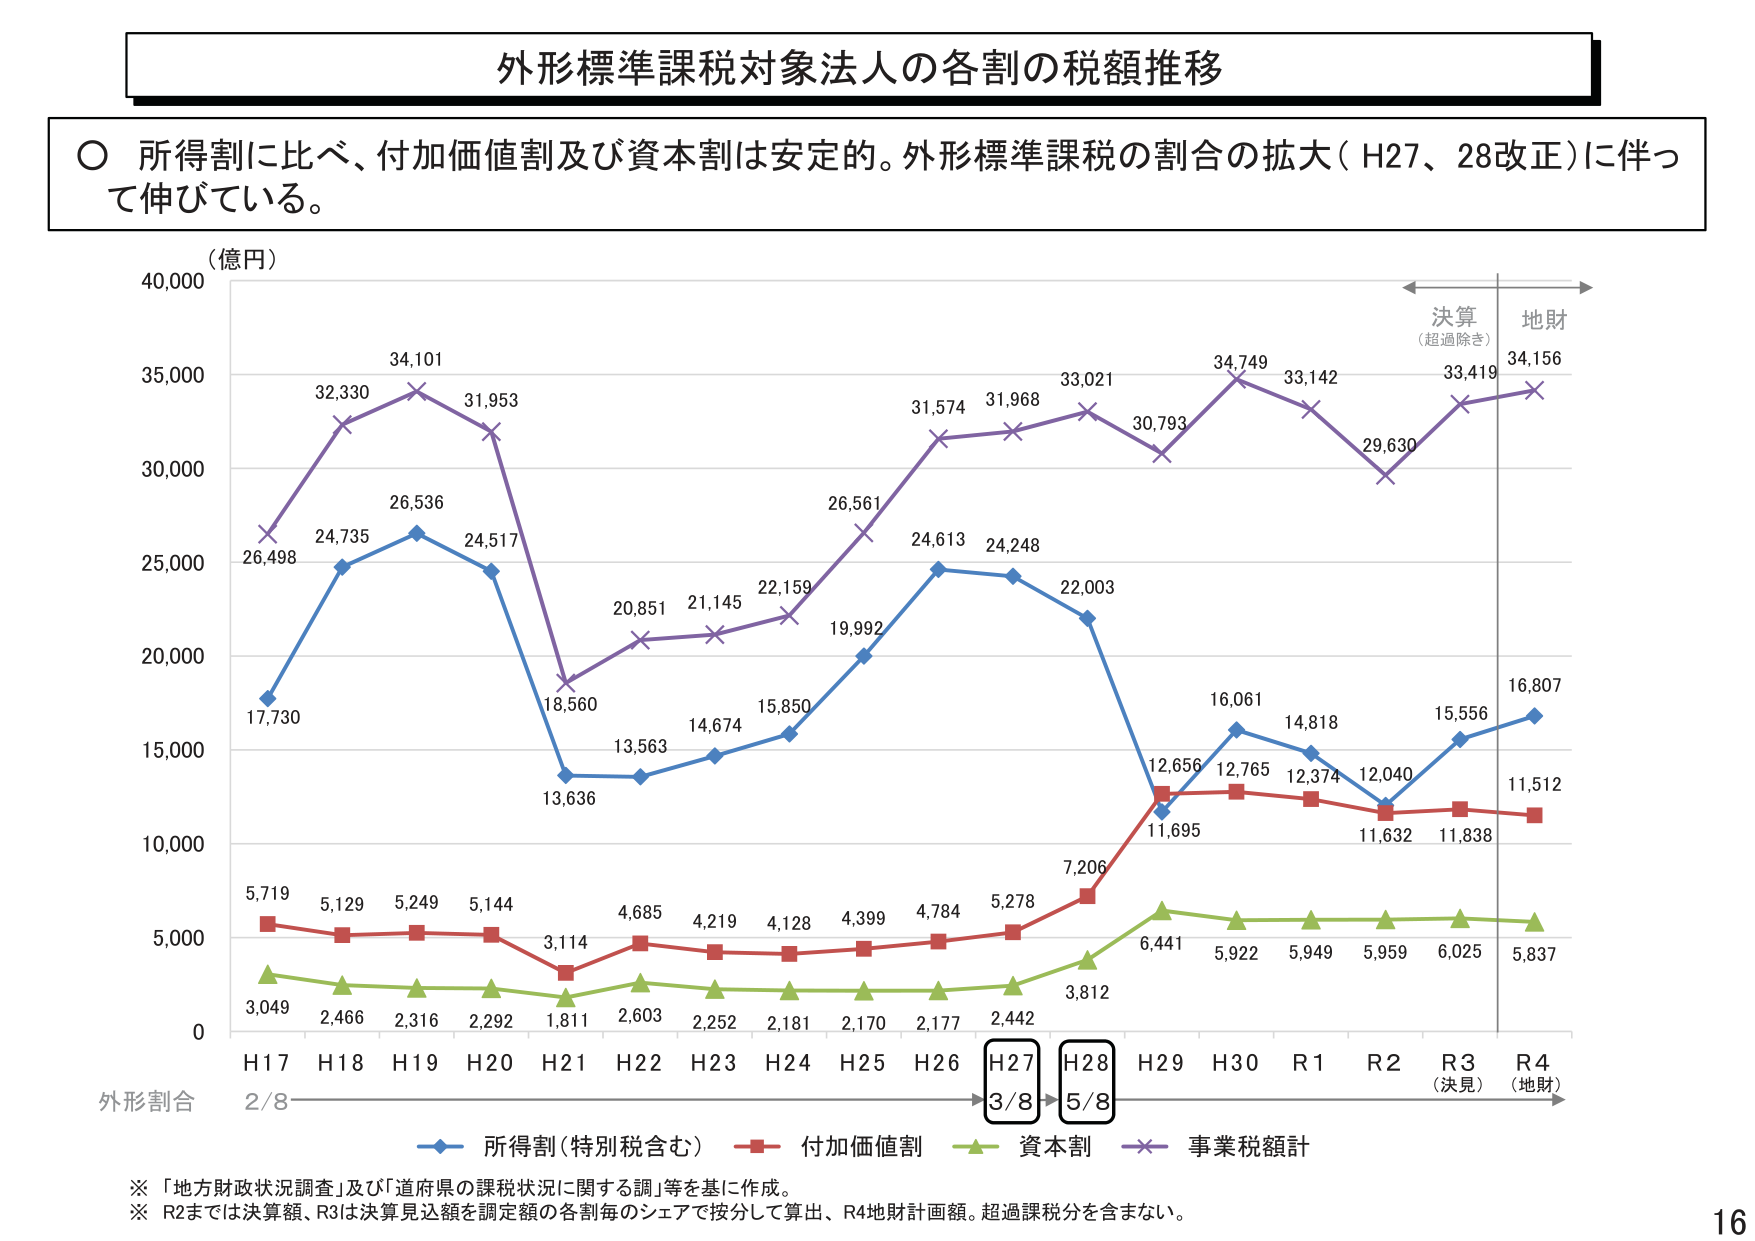
外形標準課税対象法人の各割の税額推移

○ 所得割に比べ、付加価値割及び資本割は安定的。外形標準課税の割合の拡大（H27、28改正）に伴って伸びている。

（億円）
40,000
35,000
30,000
25,000
20,000
15,000
10,000
5,000
0

H17 H18 H19 H20 H21 H22 H23 H24 H25 H26 H27 H28 H29 H30 R1 R2 R3 R4
外形割合 2/8 → 3/8 → 5/8

決算（超過除き） 地財
33,419 34,156

26,498 32,330 34,101 31,953 18,560 20,851 21,145 22,159 26,561 31,574 31,968 33,021 30,793 34,749 33,142 29,630
17,730 24,735 26,536 24,517 13,636 13,563 14,674 15,850 19,992 24,613 24,248 22,003 12,656 16,061 14,818 12,374 12,040 15,556 16,807
5,719 5,129 5,249 5,144 3,114 4,685 4,219 4,128 4,399 4,784 5,278 7,206 12,765 11,695 11,632 11,838 11,512
3,049 2,466 2,316 2,292 1,811 2,603 2,252 2,181 2,170 2,177 2,442 3,812 6,441 5,922 5,949 5,959 6,025 5,837

（決見） （地財）

○ 所得割（特別税含む） ■ 付加価値割 ▲ 資本割 × 事業税額計

※ 「地方財政状況調査」及び「道府県の課税状況に関する調」等を基に作成。
※ R2までは決算額、R3は決算見込額を調定額の各割毎のシェアで按分して算出、R4地財計画額。超過課税分を含まない。

16